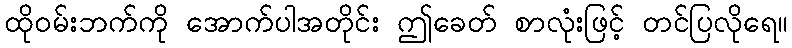
ထိုဝမ်းဘက်ကို အောက်ပါအတိုင်း ဤခေတ် စာလုံးဖြင့် တင်ပြလိုရေ။